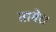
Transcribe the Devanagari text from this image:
तामेर।